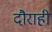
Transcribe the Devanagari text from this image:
दौराही